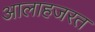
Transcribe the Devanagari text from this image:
आलाहजरत